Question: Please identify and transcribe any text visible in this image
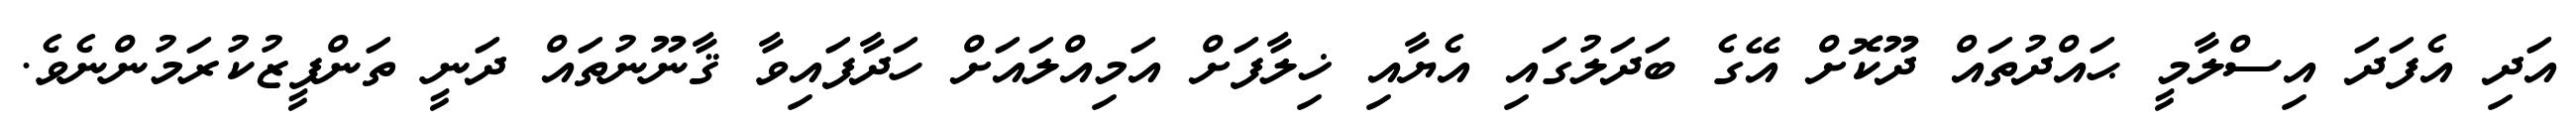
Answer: އަދި އެފަދަ އިސްލާމީ ޙައްދުތައް ދޫކޮށް އޭގެ ބަދަލުގައި އެޔާއި ޚިލާފަށް އަމިއްލައަށް ހަދާފައިވާ ޤާނޫނުތައް ދަނީ ތަންފީޒުކުރަމުންނެވެ.